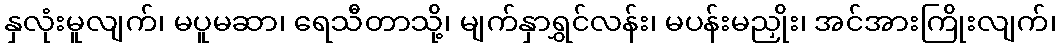
နှလုံးမူလျက်၊ မပူမဆာ၊ ရေသီတာသို့၊ မျက်နှာရွှင်လန်း၊ မပန်းမညှိုး၊ အင်အားကြိုးလျက်၊